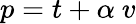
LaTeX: p=t+\alpha\ v